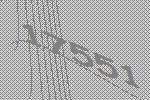
17551